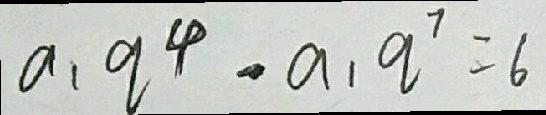
a _ { 1 } q ^ { 4 } - a _ { 1 } q ^ { 7 } = 6